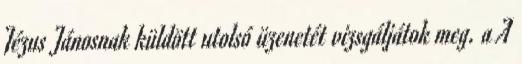
Jézus Jánosnak küldött utolsó üzenetét vizsgáljátok meg. a A